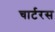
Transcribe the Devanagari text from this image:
चार्टरस